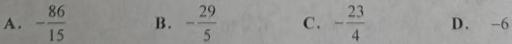
A. $-\frac{86}{15}$ \quad B. $-\frac{29}{5}$ \quad C. $-\frac{23}{4}$ \quad D. $-6$